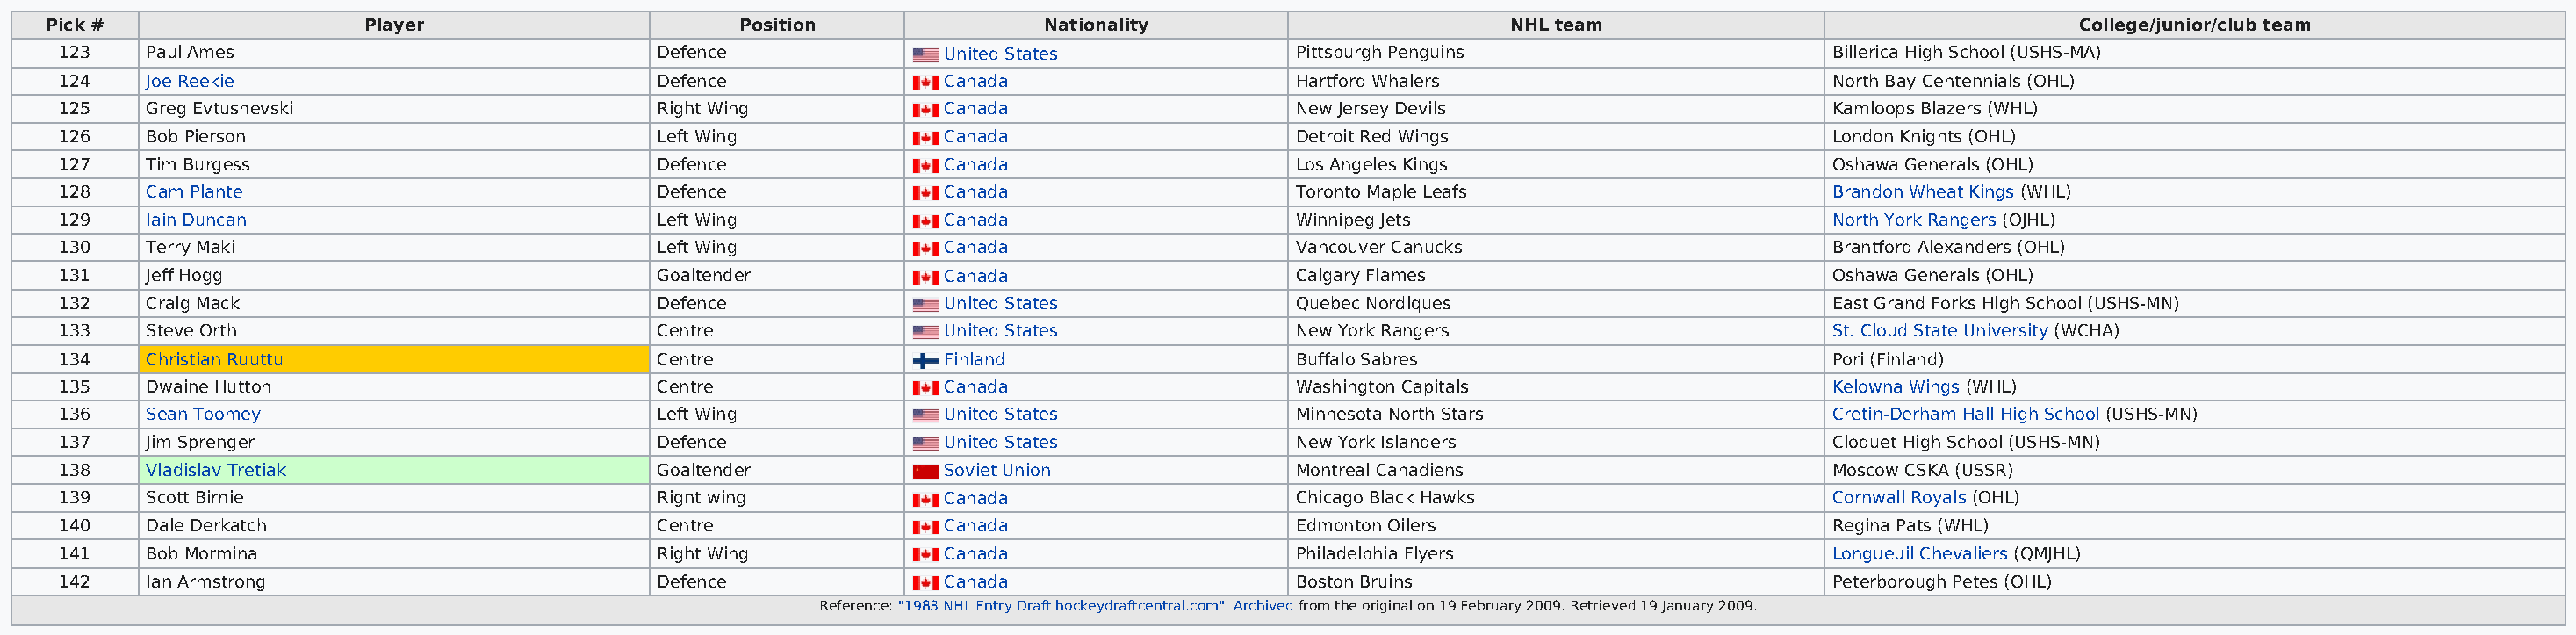
Pick #                  Player                       Position               Nationality                        NHL team                                   College/junior/club team
 123    Paul Ames                              Defence              United States              Pittsburgh Penguins                     Billerica High School (USHS-MA)
 124    Joe Reekie                             Defence              Canada                     Hartford Whalers                        North Bay Centennials (OHL)
 125    Greg Evtushevski                       Right Wing           Canada                     New Jersey Devils                       Kamloops Blazers (WHL)
 126    Bob Pierson                            Left Wing            Canada                     Detroit Red Wings                       London Knights (OHL)
 127    Tim Burgess                            Defence              Canada                     Los Angeles Kings                       Oshawa Generals (OHL)
 128    Cam Plante                             Defence              Canada                     Toronto Maple Leafs                     Brandon Wheat Kings (WHL)
 129    Iain Duncan                            Left Wing            Canada                     Winnipeg Jets                           North York Rangers (OJHL)
 130    Terry Maki                             Left Wing            Canada                     Vancouver Canucks                       Brantford Alexanders (OHL)
 131    Jeff Hogg                              Goaltender           Canada                     Calgary Flames                          Oshawa Generals (OHL)
 132    Craig Mack                             Defence              United States              Quebec Nordiques                        East Grand Forks High School (USHS-MN)
 133    Steve Orth                             Centre               United States              New York Rangers                        St. Cloud State University (WCHA)
 134    Christian Ruuttu                       Centre               Finland                    Buffalo Sabres                          Pori (Finland)
 135    Dwaine Hutton                          Centre               Canada                     Washington Capitals                     Kelowna Wings (WHL)
 136    Sean Toomey                            Left Wing            United States              Minnesota North Stars                   Cretin-Derham Hall High School (USHS-MN)
 137    Jim Sprenger                           Defence              United States              New York Islanders                      Cloquet High School (USHS-MN)
 138    Vladislav Tretiak                      Goaltender           Soviet Union               Montreal Canadiens                      Moscow CSKA (USSR)
 139    Scott Birnie                           Rignt wing           Canada                     Chicago Black Hawks                     Cornwall Royals (OHL)
 140    Dale Derkatch                          Centre               Canada                     Edmonton Oilers                         Regina Pats (WHL)
 141    Bob Mormina                            Right Wing           Canada                     Philadelphia Flyers                     Longueuil Chevaliers (QMJHL)
 142    Ian Armstrong                          Defence              Canada                     Boston Bruins                           Peterborough Petes (OHL)
 Reference: "1983 NHL Entry Draft hockeydraftcentral.com". Archived from the original on 19 February 2009. Retrieved 19 January 2009.